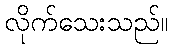
လိုက်သေးသည်။